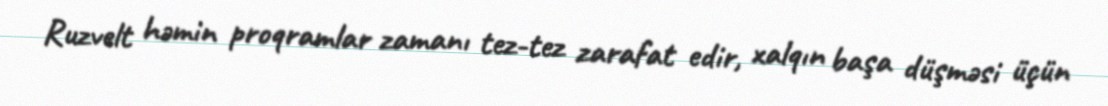
Ruzvelt həmin proqramlar zamanı tez-tez zarafat edir, xalqın başa düşməsi üçün